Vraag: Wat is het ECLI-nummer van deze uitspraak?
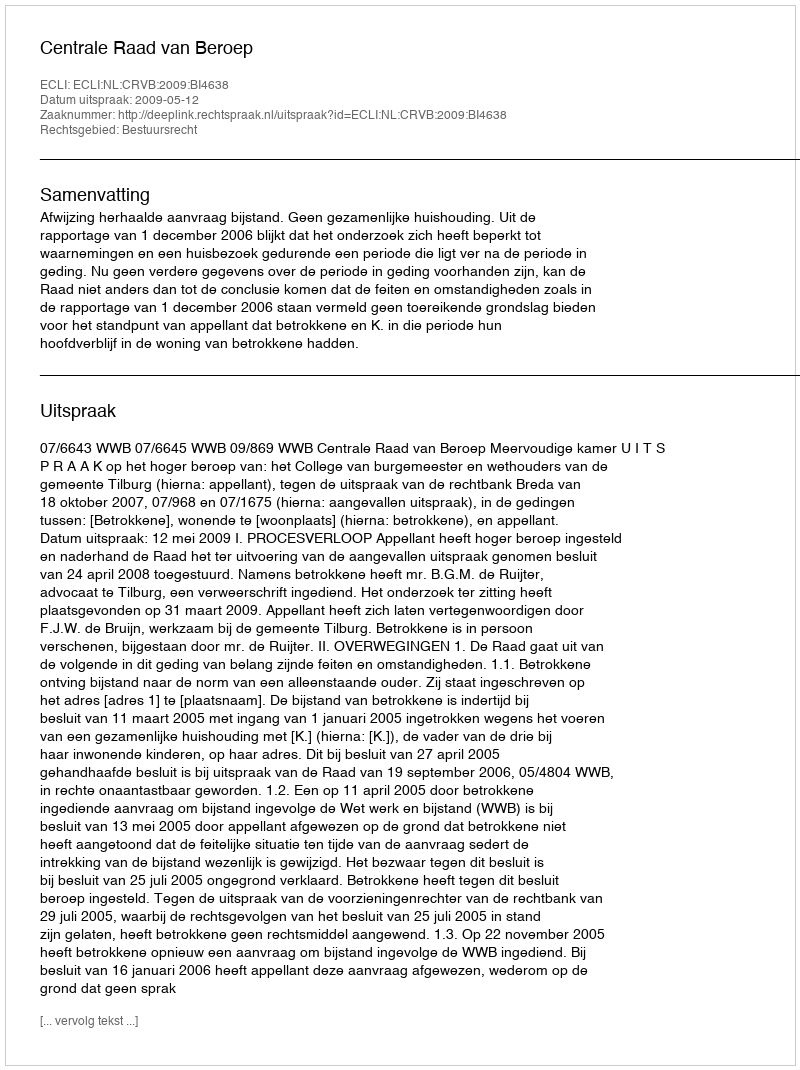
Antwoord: ECLI:NL:CRVB:2009:BI4638